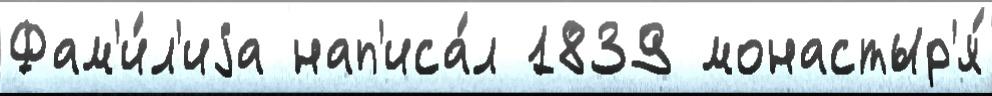
Фам'и́л'иjа нап'иса́л 1839 монастыр'я́